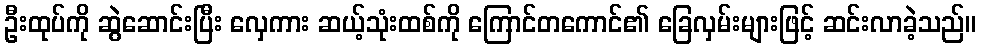
ဦးထုပ်ကို ဆွဲဆောင်းပြီး လှေကား ဆယ့်သုံးထစ်ကို ကြောင်တကောင်၏ ခြေလှမ်းများဖြင့် ဆင်းလာခဲ့သည်။